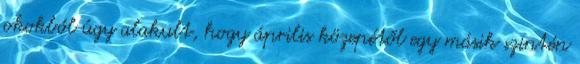
okokból úgy alakult, hogy április közepétől egy másik szintén